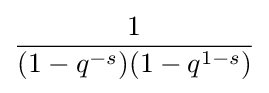
{\frac {1}{(1-q^{-s})(1-q^{1-s})}}